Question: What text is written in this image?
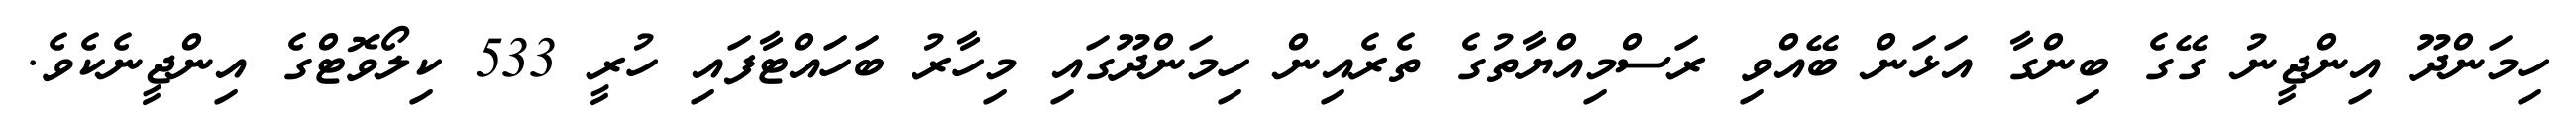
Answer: ހިމަންދޫ އިންޖީނު ގޭގެ ބިންގާ އަޅަން ބޭއްވި ރަސްމިއްޔާތުގެ ތެރެއިން ހިމަންދޫގައި މިހާރު ބަހައްޓާފައި ހުރީ 533 ކިލޯވޮޓްގެ އިންޖީނެކެވެ.